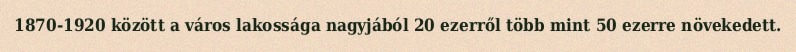
1870-1920 között a város lakossága nagyjából 20 ezerről több mint 50 ezerre növekedett.